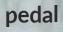
pedal